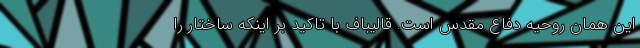
این همان روحیه دفاع مقدس است. قالیباف با تاکید بر اینکه ساختار را